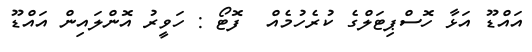
އައްޑޫ އަޅާ ހޮސްޕިޓަލްގެ ކުރެހުމެއް  ފޮޓޯ : ހަވީރު އޮންލައިން އައްޑޫ